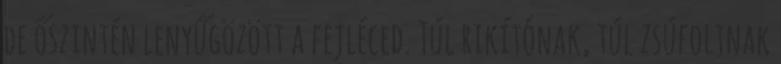
de őszintén lenyűgözött a fejléced. Túl rikítónak, túl zsúfoltnak